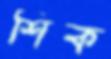
শিক